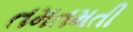
તમતમતી